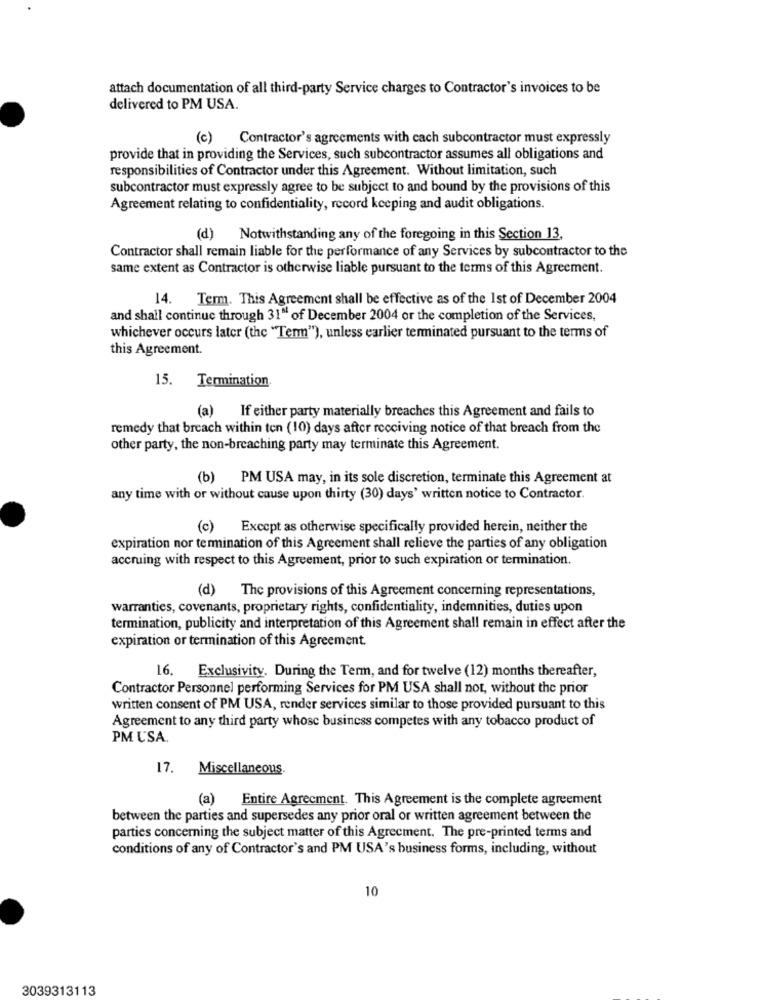
attach documentation of all third-party Service charges to Contractor's invoices to be
delivered to PM USA.
(c) Contractor's agreements with cach subcontractor must expressly
provide that in providing the Services, such subcontractor assumes all obligations and
responsibilities of Contractor under this Agreement. Without limitation, such
subcontractor must expressly agree to be subject to and bound by the provisions of this
Agreement relating to confidentiality, record keeping and audit obligations.
(d) Notwithstanding any of the foregoing in this Section 13,
Contractor shall remain liable for the performance of any Services by subcontractor to the
same extent as Contractor is otherwise liable pursuant to the terms of this Agreement.
14. Term. This Agreement shall be effective as of the 1st of December 2004
and shall continuc through 31" of December 2004 or the completion of the Services,
whichever occurs later (the "Ten"), unless earlier terminated pursuant to the terms of
this Agreement.
15. Termination.
(a) If either party materially breaches this Agreement and fails to
remedy that breach within ton (10) days after receiving notice of that breach from the
other party, the non-breaching party may terminate this Agreement.
(b) PM USA may, in its sole discretion, terminate this Agreement at
any time with or without cause upon thirty (30) days' written notice to Contractor.
(c)
Except as otherwise specifically provided herein, neither the
expiration nor termination of this Agreement shall relieve the parties of any obligation
accruing with respect to this Agreement, prior to such expiration or termination.
(d) The provisions of this Agreement concerning representations,
warranties, covenants, proprietary rights, confidentiality, indemnities, duties upon
termination, publicity and interpretation of this Agreement shall remain in effect after the
expiration or termination of this Agreement.
16. Exclusivity. During the Term, and for twelve (12) months thereafter,
Contractor Personnel performing Services for PM USA shall not, without the prior
written consent of PM USA, render services similar to those provided pursuant to this
Agreement to any third party whose business competes with any tobacco product of
PM USA
17. Miscellaneous.
(a) Entire Agreement. This Agreement is the complete agreement
between the parties and supersedes any prior oral or written agreement between the
parties concerning the subject matter of this Agreement. The pre-printed terms and
conditions of any of Contractor's and PM USA's business forms, including, without
10
3039313113